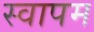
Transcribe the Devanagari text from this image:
स्वापम